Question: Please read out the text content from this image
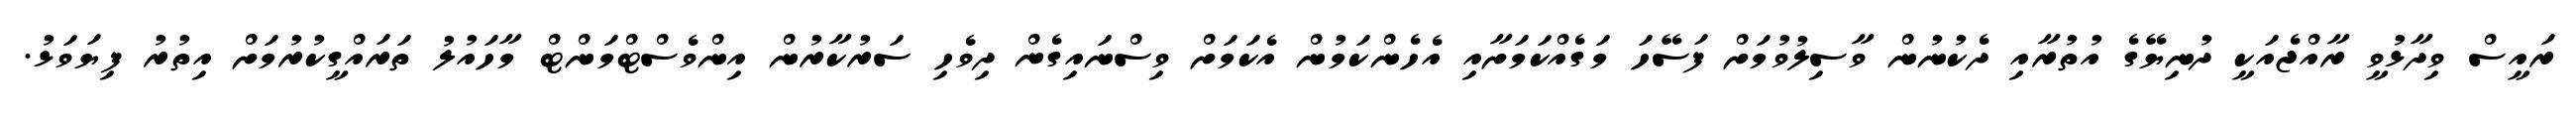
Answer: ރައީސް ވިދާޅުވީ ރާއްޖެއަކީ ދުނިޔޭގެ އުތުރާއި ދެކުނުން ވާސިލުވުމަށް ފަސޭހަ މަގެއްކަމަށާއި އެހެންކަމުން އެކަމަށް ވިސްނައިގެން ދިވެހި ސަރުކާރުން އިންވެސްޓްމަންޓް މާހައުލު ތަރައްގީކުރުމަށް އިތުރު ފިޔަވަޅު.